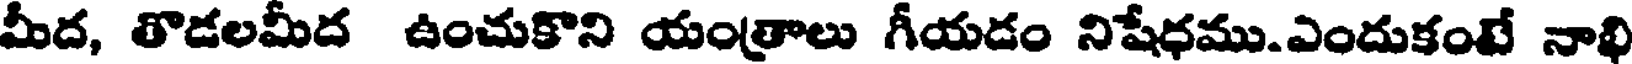
మీద, తొడలమీద ఉంచుకొని యంత్రాలు గీయడం నిషేధము.ఎందుకంటే నాఖి